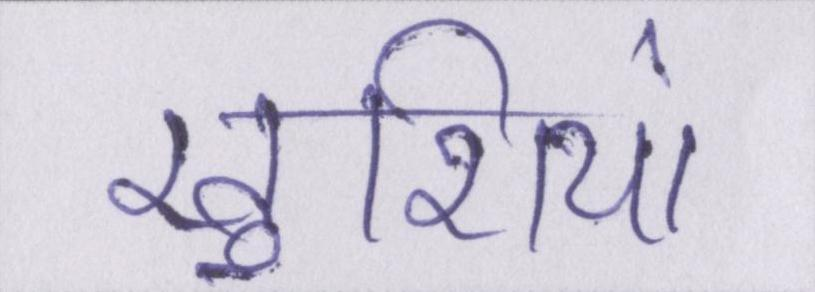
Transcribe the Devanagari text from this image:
खुशियां